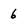
Character: 6